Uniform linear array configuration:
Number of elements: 24
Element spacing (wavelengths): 0.75
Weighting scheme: blackman
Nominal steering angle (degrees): -45
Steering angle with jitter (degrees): -46.365
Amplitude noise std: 0.05
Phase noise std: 0.05

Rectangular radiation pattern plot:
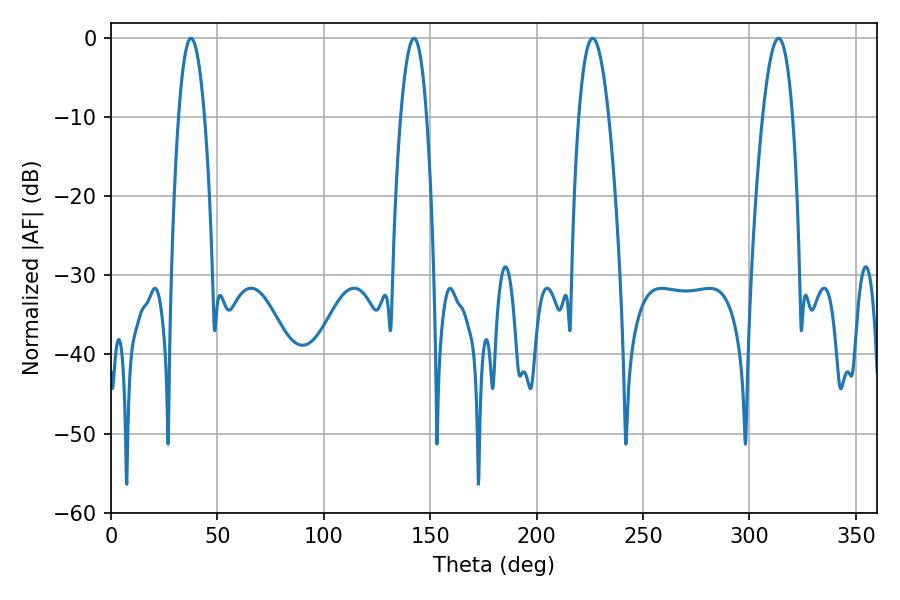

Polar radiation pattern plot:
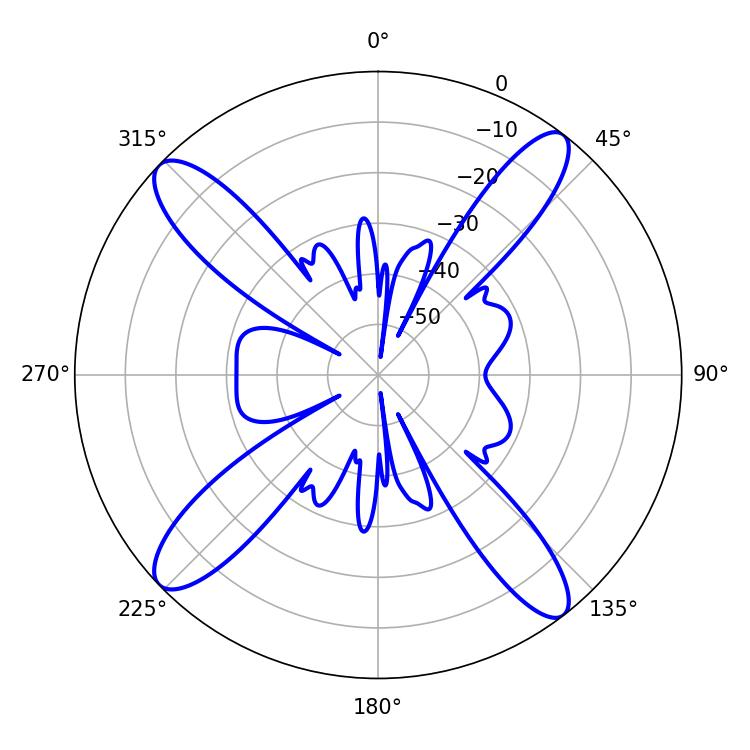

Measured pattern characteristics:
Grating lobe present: TRUE
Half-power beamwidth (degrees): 6.66
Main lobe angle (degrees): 37.62